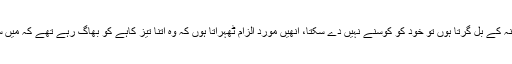
اس دوڑ میں انھیں پیچھے چھوڑ دینے کی دھن میں جب منہ کے بل گرتا ہوں تو خود کو کوسنے نہیں دے سکتا، انھیں مورد الزام ٹھہراتا ہوں کہ وہ اتنا تیز کاہے کو بھاگ رہے تھے کہ میں ساتھ نہ دے سکوں اور دیکھو، اب منہ کے بل گر بھی گیا۔